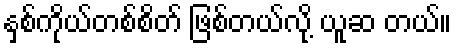
နှစ်ကိုယ်တစ်စိတ် ဖြစ်တယ်လို့ ယူဆ တယ်။